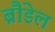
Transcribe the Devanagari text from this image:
ब्रौडेल